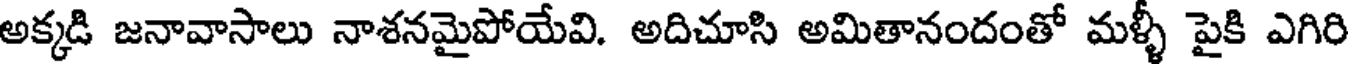
అక్కడి జనావాసాలు నాశనమైపోయేవి. అదిచూసి అమితానందంతో మళ్ళీ పైకి ఎగిరి